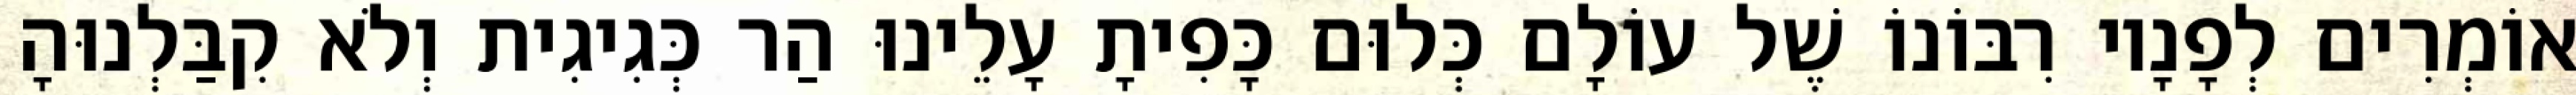
אוֹמְרִים לְפָנָיו רִבּוֹנוֹ שֶׁל עוֹלָם כְּלוּם כָּפִיתָ עָלֵינוּ הַר כְּגִיגִית וְלֹא קִבַּלְנוּהָ